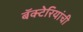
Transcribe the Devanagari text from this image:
बॅक्‍टेरियांची